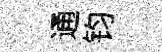
通钧